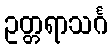
ဥတ္တရာသင်္ဂ